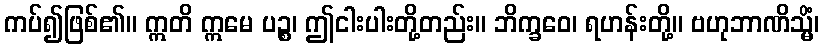
ကပ်၍ဖြစ်၏။ ဣတိ ဣမေ ပဉ္စ၊ ဤငါးပါးတို့တည်း။ ဘိက္ခဝေ၊ ရဟန်းတို့။ ဗဟုဘာဏိသ္မိံ၊